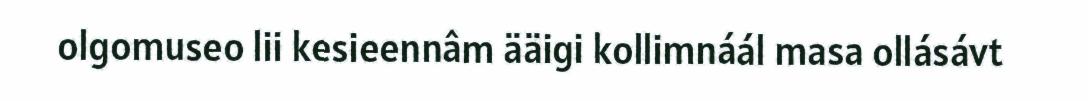
olgomuseo lii kesieennâm ääigi kollimnáál masa ollásávt